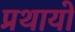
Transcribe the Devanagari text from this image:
प्रथायो